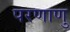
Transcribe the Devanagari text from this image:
परणाणु